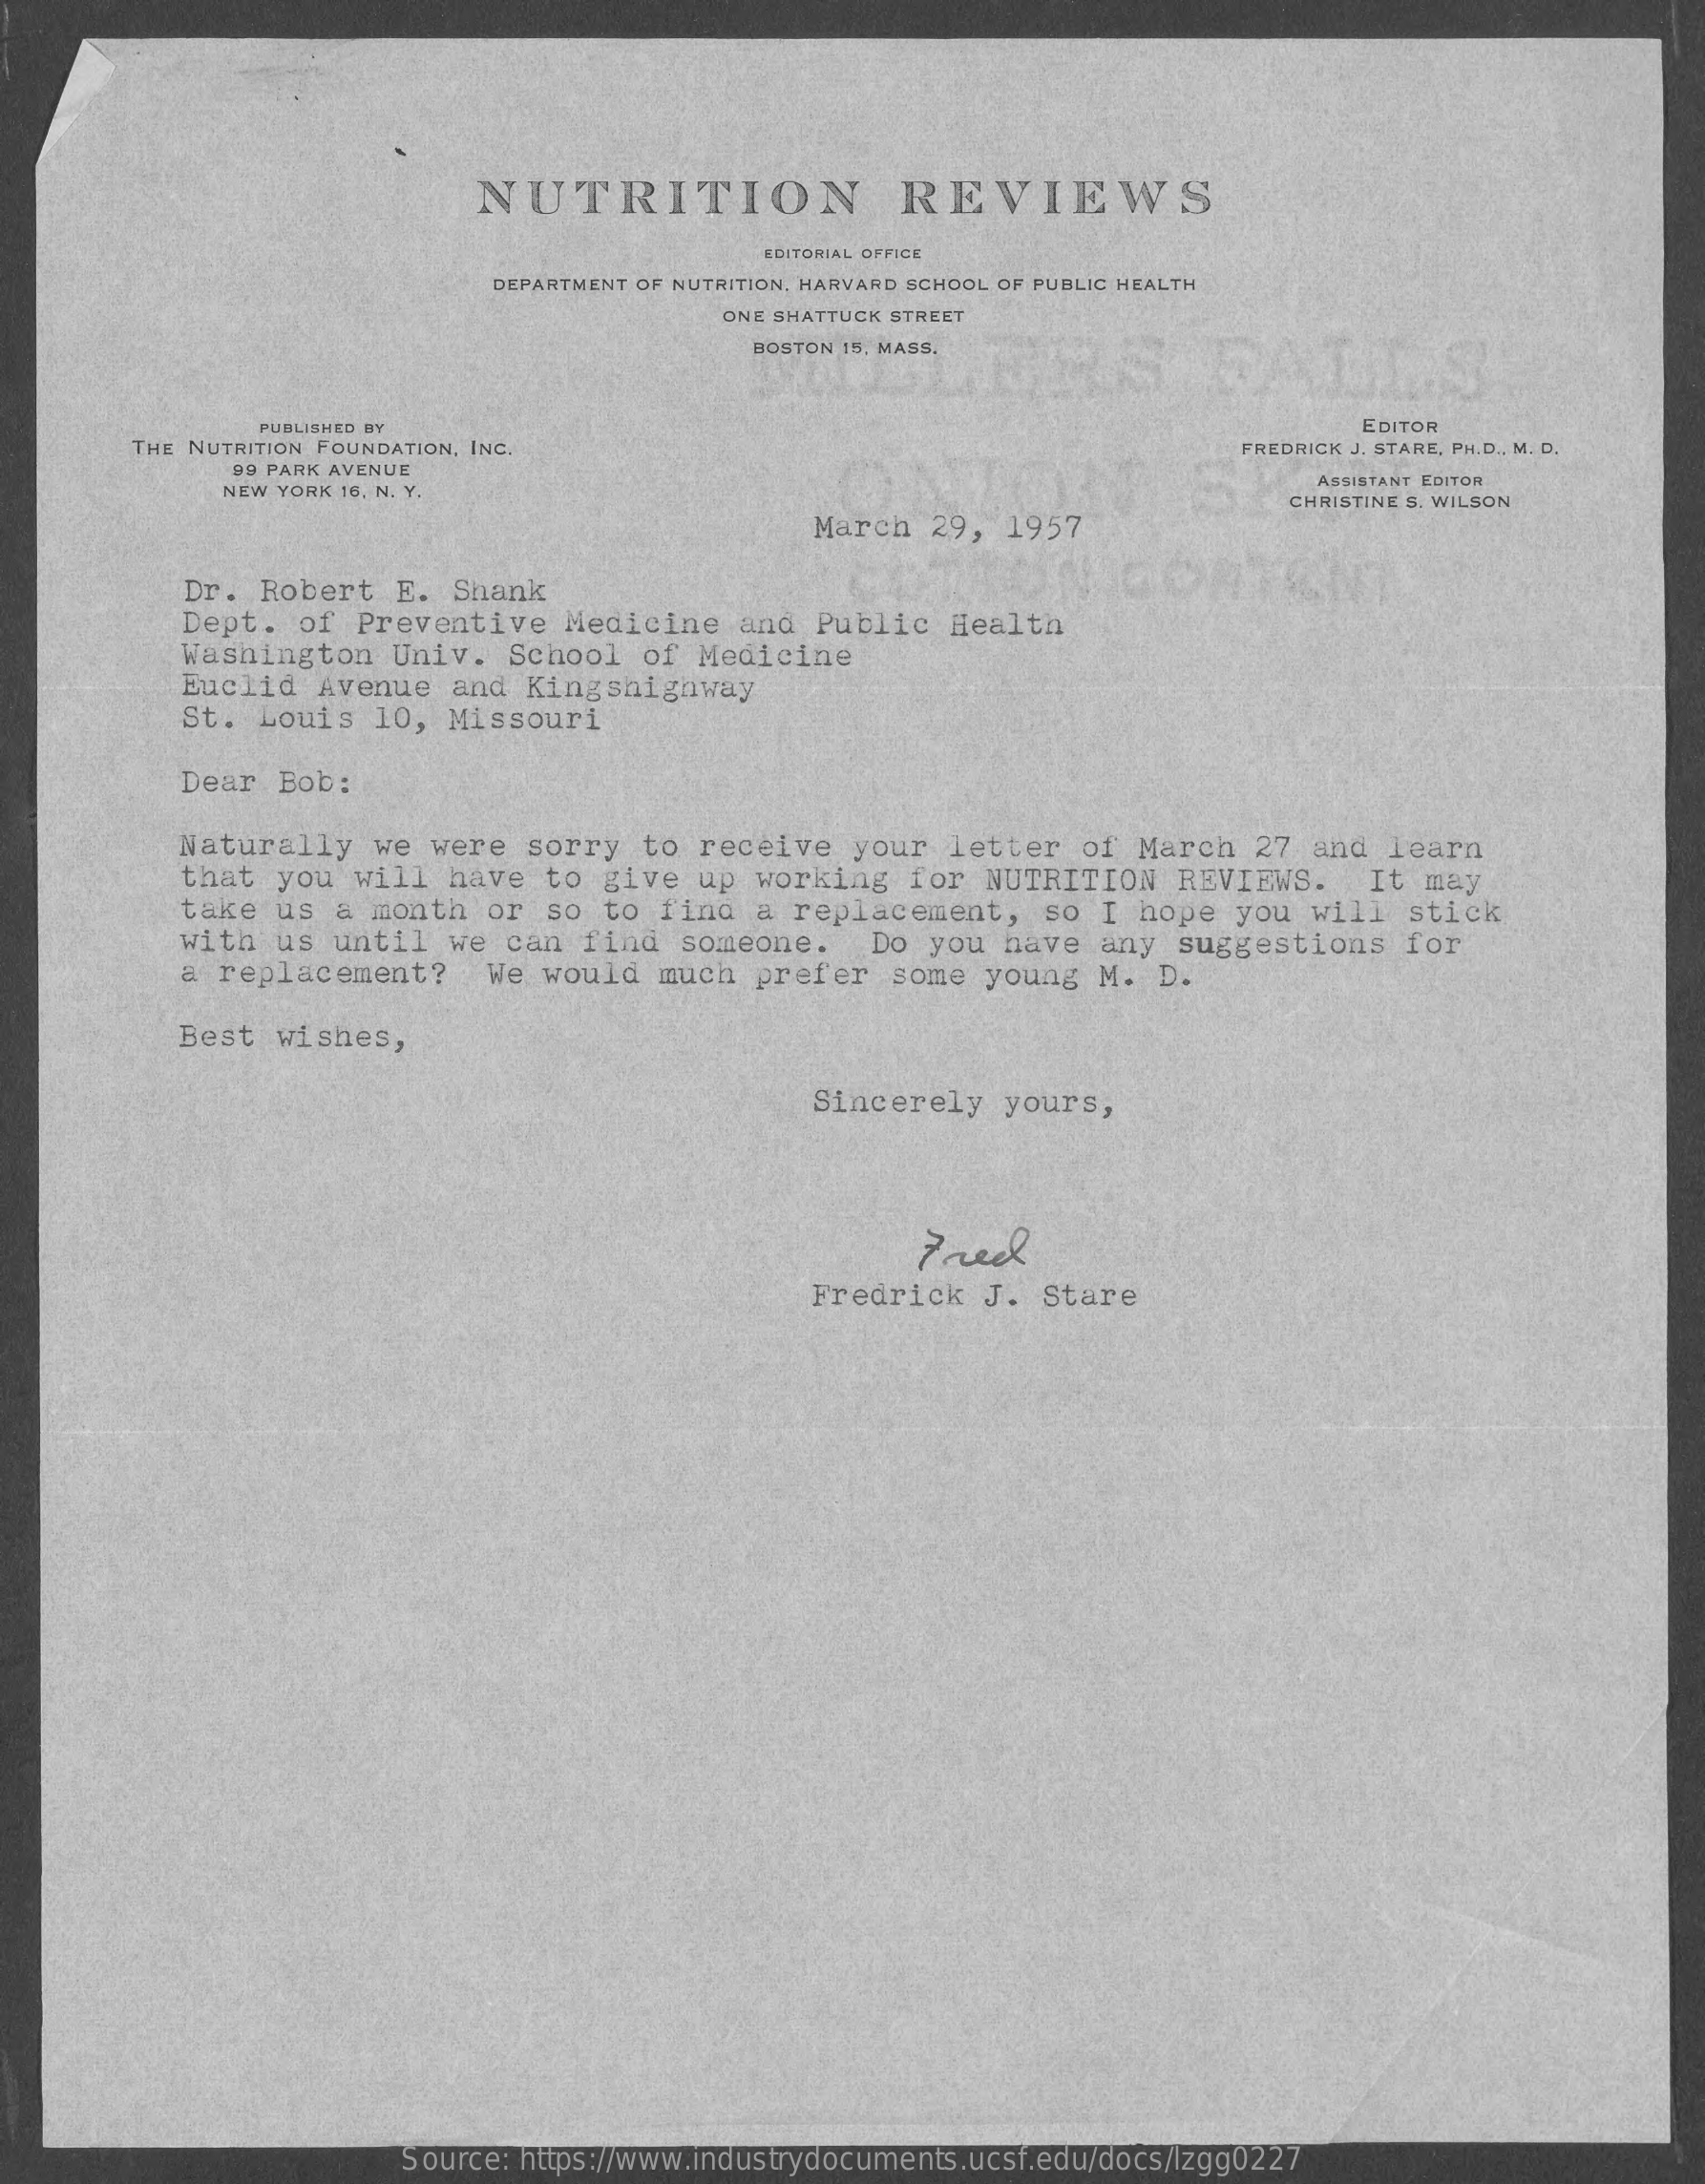
NUTRITION    REVIEWS
     EDITORIAL OFFICE
     DEPARTMENT OF NUTRITION, HARVARD SCHOOL OF PUBLIC HEALTH
     ONE SHATTUCK STREET
     BOSTON 15, MASS.
     IS
     PUBLISHED BY
     THE NUTRITION FOUNDATION, INC.
     EDITOR
     FREDRICK J. STARE, PH.D ., M. D.
     99 PARK AVENUE
     NEW YORK 16, N. Y.
     ASSISTANT EDITOR
     March  29,  1957
     CHRISTINE S. WILSON
     Dr.  Robert   E.  Shank
     Dept.   of Preventive    Medicine   and   Public  Health
     Washington    Univ.  School   of  Medicine
     Euclid   Avenue   and  Kingshighway
     St.  Louis   10, Missouri
     Dear  Bob:
     Naturally    we were   sorry  to  receive   your  letter   of  March  27  and  learn
     that  you  will  have   to  give  up  working   for  NUTRITION   REVIEWS.    It may
     take  us  a month   or  so  to find   a replacement,    so I  hope  you  will  stick
     with  us  until  we  can  find   someone.    Do  you  have  any  suggestions    for
     a replacement?    We  would  much   prefer   some  young  M.  D.
     Best  wishes,
     Sincerely   yours,
     Fred
     Fredrick    J. Stare
     Source: https://www.industrydocuments.ucsf.edu/docs/lzgg0227